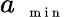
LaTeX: a_{\mathrm{~{~\scriptsize~m~i~n~}~}}